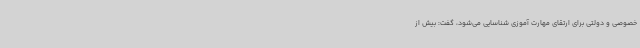
خصوصی و دولتی برای ارتقای مهارت آموزی شناسایی می‌شود، گفت: بیش از